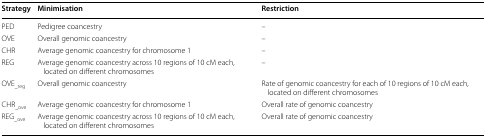
| Strategy | Minimisation | Restriction |
 | --- | --- | --- |
 | PED | Pedigree coancestry | – |
 | OVE | Overall genomic coancestry | – |
 | CHR | Average genomic coancestry for chromosome 1 | – |
 | REG | Average genomic coancestry across 10 regions of 10 cM each, located on different chromosomes | – |
 | OVE_reg | Overall genomic coancestry | Rate of genomic coancestry for each of 10 regions of 10 cM each, located on different chromosomes |
 | CHR_ove | Average genomic coancestry for chromosome 1 | Overall rate of genomic coancestry |
 | REG_ove | Average genomic coancestry across 10 regions of 10 cM each, located on different chromosomes | Overall rate of genomic coancestry |